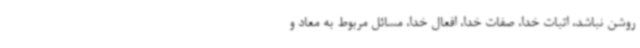
روشن نباشد، اثبات خدا، صفات خدا، افعال خدا، مسائل مربوط به معاد و